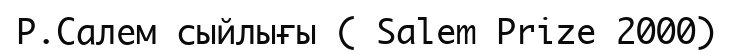
Р.Салем сыйлығы ( Salem Prize 2000)